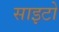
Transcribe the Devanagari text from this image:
साइटो